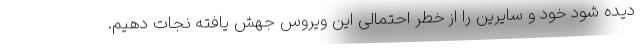
دیده شود خود و سایرین را از خطر احتمالی این ویروس جهش یافته نجات دهیم.